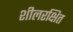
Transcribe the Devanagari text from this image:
शीलरक्षित